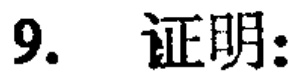
9. 证明: